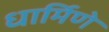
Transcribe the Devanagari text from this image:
धार्मिणे